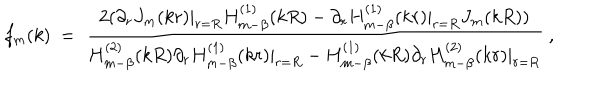
LaTeX: f _ { m } ( k ) \ = \ \frac { 2 ( \partial _ { r } J _ { m } ( k r ) | _ { r = R } H _ { m - \beta } ^ { ( 1 ) } ( k R ) - \partial _ { r } H _ { m - \beta } ^ { ( 1 ) } ( k r ) | _ { r = R } J _ { m } ( k R ) ) } { H _ { m - \beta } ^ { ( 2 ) } ( k R ) \partial _ { r } H _ { m - \beta } ^ { ( 1 ) } ( k r ) | _ { r = R } - H _ { m - \beta } ^ { ( 1 ) } ( k R ) \partial _ { r } H _ { m - \beta } ^ { ( 2 ) } ( k r ) | _ { r = R } } \ ,